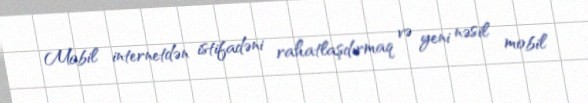
Mobil internetdən istifadəni rahatlaşdırmaq və yeni nəsil mobil